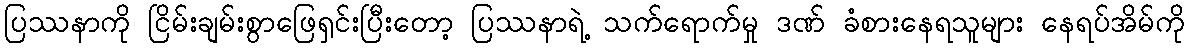
ပြဿနာကို ငြိမ်းချမ်းစွာဖြေရှင်းပြီးတော့ ပြဿနာရဲ့ သက်ရောက်မှု ဒဏ် ခံစားနေရသူများ နေရပ်အိမ်ကို